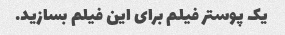
یک پوستر فیلم برای این فیلم بسازید.